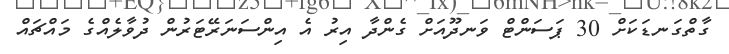
ގާތްގަނޑަކަށް 30 ޕަސަންޓް ވަނދޫއަށް ގެންދާ އިރު އެ އިންސަނަރޭޓަރުން ދުވާލެއްގެ މައްޗައް